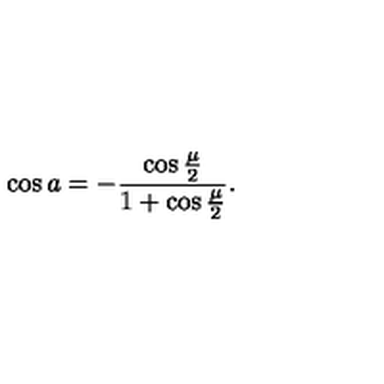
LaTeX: \cos a = - { \frac { \cos { \frac { \mu } { 2 } } } { 1 + \cos { \frac { \mu } { 2 } } } } .